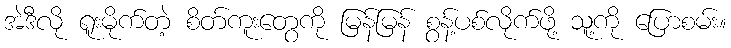
အဲဒီလို ရူးမိုက်တဲ့ စိတ်ကူးတွေကို မြန်မြန် စွန့်ပစ်လိုက်ဖို့ သူ့ကို ပြောစမ်း။